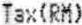
TAX(RM)